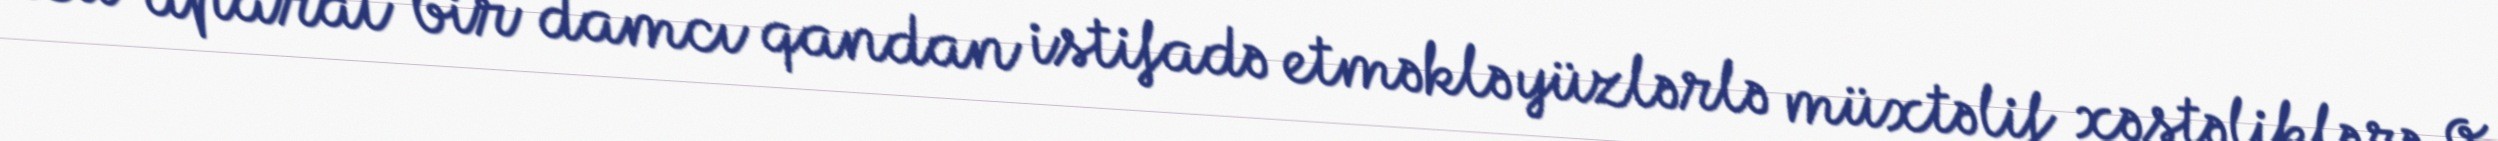
Bu aparat bir damcı qandan istifadə etməklə yüzlərlə müxtəlif xəstəliklərə, o